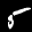
Digit: 3